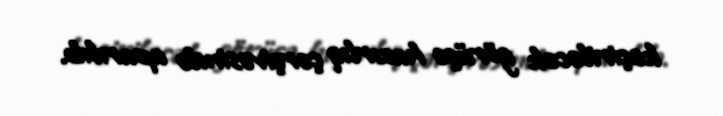
keçiriləcək görüşə hazırlıq çərçivəsində aparılıb.